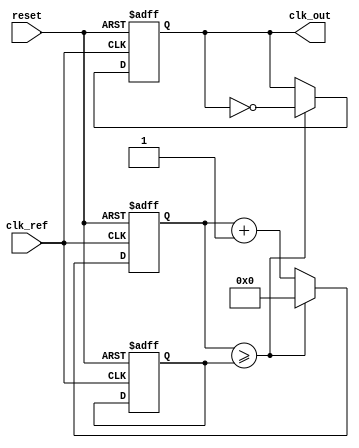
module PLL (
    input wire clk_ref,         // Reference clock input
    input wire reset,           // Reset signal
    output reg clk_out          // Output clock signal
);

    // Parameters
    parameter integer REF_FREQ = 50_000_000; // Reference frequency in Hz
    parameter integer OUT_FREQ = 100_000_000; // Desired output frequency in Hz
    parameter integer LOOP_BW = 1000;          // Loop bandwidth
    parameter integer PHASE_MARGIN = 45;        // Phase margin in degrees

    // Internal signals
    reg [15:0] phase_error;    // Phase error signal from PD
    reg [15:0] control_voltage; // Control voltage for VCO
    reg [31:0] vco_counter;     // VCO counter for generating clk_out
    reg [31:0] vco_period;      // VCO period based on control voltage

    // Phase Detector (PD)
    always @(posedge clk_ref or posedge reset) begin
        if (reset) begin
            phase_error <= 0;
        end else begin
            // Simple phase detection logic
            // This is a placeholder; a more complex PD can be implemented
            if (clk_out) begin
                phase_error <= phase_error + 1; // Increment phase error
            end else begin
                phase_error <= phase_error - 1; // Decrement phase error
            end
        end
    end

    // Loop Filter (LF)
    always @(posedge clk_ref or posedge reset) begin
        if (reset) begin
            control_voltage <= 0;
        end else begin
            // Simple low-pass filter implementation
            control_voltage <= control_voltage + (phase_error / LOOP_BW);
        end
    end

    // Voltage-Controlled Oscillator (VCO)
    always @(posedge clk_ref or posedge reset) begin
        if (reset) begin
            vco_counter <= 0;
            clk_out <= 0;
            vco_period <= REF_FREQ / OUT_FREQ; // Set initial VCO period
        end else begin
            // VCO logic to generate output clock
            if (vco_counter >= vco_period) begin
                clk_out <= ~clk_out; // Toggle output clock
                vco_counter <= 0;     // Reset counter
            end else begin
                vco_counter <= vco_counter + 1; // Increment counter
            end
        end
    end

endmodule